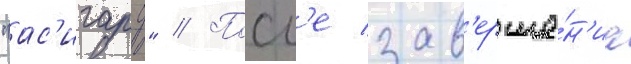
"ас'игару" // Посл'е зав'ерше́н'иа